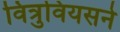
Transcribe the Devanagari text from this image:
वित्रुवियसने